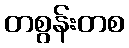
တစွန်းတစ